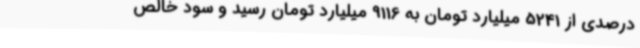
درصدی از 5241 میلیارد تومان به 9116 میلیارد تومان رسید و سود خالص